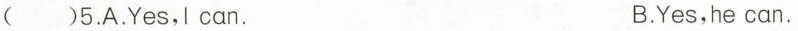
( )5.A.Yes,I can. B.Yes,he can.